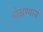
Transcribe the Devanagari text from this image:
चोखण्यास